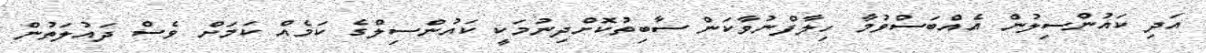
އަދި ކައުންސިލުން އެއްބަސްވުމާ ހިލާފްނުވާކަން ސާބިތުކޮށްދިނުމަކީ ކައުންސިލްގެ ކަމެއް ކަމަށް ވެސް ދައުލަތުން